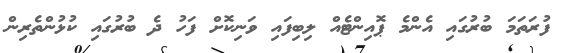
ފުރަތަމަ ބުރުގައި އެންމެ ޕޮއިންޓެއް ލިބިފައި ވަނިކޮށް ފަހު ދެ ބުރުގައި ކުޅުންތެރިން